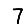
Digit: 7